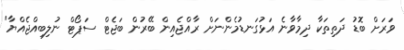
ވަރަށް ބޮޑު ދަތިތަކާ ދިމާވާނެ އަޅުގަނޑުމެންނަށް ރާއްޖެއިން ބޭރުން ބަޖެޓް ސަޕޯޓް ނުލިބިއްޖެއްޔާ"